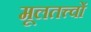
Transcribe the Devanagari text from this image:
मूलतत्त्वों